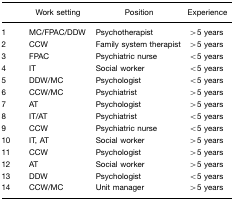
<table><thead><tr><td></td><td><b>Work setting</b></td><td><b>Position</b></td><td><b>Experience</b></td></tr></thead><tbody><tr><td>1</td><td>MC/FPAC/DDW</td><td>Psychotherapist</td><td>&gt;5 years</td></tr><tr><td>2</td><td>CCW</td><td>Family system therapist</td><td>&gt;5 years</td></tr><tr><td>3</td><td>FPAC</td><td>Psychiatric nurse</td><td>&lt;5 years</td></tr><tr><td>4</td><td>IT</td><td>Social worker</td><td>&lt;5 years</td></tr><tr><td>5</td><td>DDW/MC</td><td>Psychologist</td><td>&lt;5 years</td></tr><tr><td>6</td><td>CCW/MC</td><td>Psychiatrist</td><td>&gt;5 years</td></tr><tr><td>7</td><td>AT</td><td>Psychologist</td><td>&gt;5 years</td></tr><tr><td>8</td><td>IT/AT</td><td>Psychiatrist</td><td>&lt;5 years</td></tr><tr><td>9</td><td>CCW</td><td>Psychiatric nurse</td><td>&lt;5 years</td></tr><tr><td>10</td><td>IT, AT</td><td>Social worker</td><td>&gt;5 years</td></tr><tr><td>11</td><td>CCW</td><td>Psychologist</td><td>&gt;5 years</td></tr><tr><td>12</td><td>AT</td><td>Social worker</td><td>&gt;5 years</td></tr><tr><td>13</td><td>DDW</td><td>Psychologist</td><td>&lt;5 years</td></tr><tr><td>14</td><td>CCW/MC</td><td>Unit manager</td><td>&gt;5 years</td></tr></tbody></table>